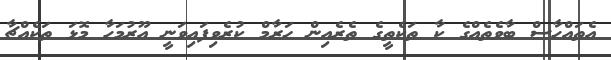
އެތައްހާސް ބާވެތެއްގެ ކާ ތަކެތީގެ ތެރެއިން ޙަރާމް ކުރެވިފައިވަނީ އޫރުމަހާ މޮޅަ ތަކެއްޗާ